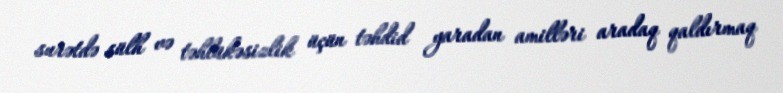
surətdə sülh və təhlükəsizlik üçün təhdid yaradan amilləri aradaq qaldırmaq